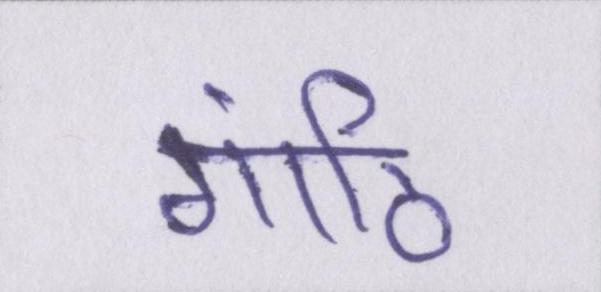
गांठि